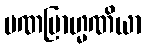
မဏဗြာဟ္မဏိယာ